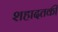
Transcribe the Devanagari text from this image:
शहादतकी